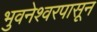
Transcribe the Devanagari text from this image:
भुवनेश्वरपासून